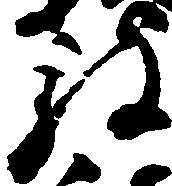
被